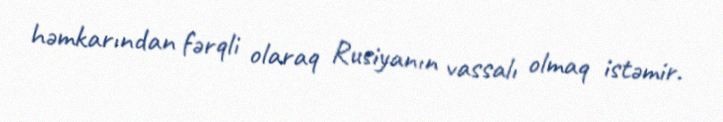
həmkarından fərqli olaraq Rusiyanın vassalı olmaq istəmir.